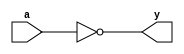
// EEM16 - Logic Design
// 2018_04_13
// Design Assignment #2
// dassign2.v

//
// modules provided for your use
//
module inv(y,a);
   output y;
   input  a;

   assign y=~(a);
endmodule

module and2(y,a,b);
   output y;
   input  a,b;

   assign y=a&b ;
endmodule

module or2(y,a,b);
   output y;
   input  a,b;

   assign y=a|b ;
endmodule

module xor2(y,a,b);
   output y;
   input  a,b;

   assign y=a^b ;
endmodule

module mux21(y, i0, i1, sel);
   output y;
   input  i0, i1,sel;

   //sel = 1 choose i1, otherwise i0)
   assign y = (sel) ? i1 : i0;
endmodule // mux21

//
// Blocks for you to design begins here
//
module sbs(d, bout, x, y, bin);
   output d, bout;
   input  x, y, bin;

   //
   // Implement the single bit subtract here
   //
  wire xorone, oryandbin, andyandbin;
  
  //xor of the x and y and bin is d
  xor2 firstxor(xorone, x, y);
  xor2 secondxor(d, xorone, bin);
  
  //or y and bin
  or2 yandbin1(oryandbin, y, bin);
  
  //and y and bin
  and2 yandbin2(andyandbin, y, bin);
  
  //mux of two above with x as select bit is bout
  mux21 bitmx(bout, oryandbin, andyandbin, x);
  
  
endmodule 

module subtract8(d, bout, x, y);
   output [7:0] d;
   output 	bout;
   input [7:0] 	x, y;

   wire 	bin;
   wire [7:0] 	b;

   assign bin = 1'b0;
   assign bout = b[7];
   // 
   // Implement the 8-bit subtract function here
   // 
  
  sbs sbs0(d[0], b[0], x[0], y[0], bin);
  sbs sbs1(d[1], b[1], x[1], y[1], b[0]);
  sbs sbs2(d[2], b[2], x[2], y[2], b[1]);
  sbs sbs3(d[3], b[3], x[3], y[3], b[2]);
  sbs sbs4(d[4], b[4], x[4], y[4], b[3]);
  sbs sbs5(d[5], b[5], x[5], y[5], b[4]);
  sbs sbs6(d[6], b[6], x[6], y[6], b[5]);
  sbs sbs7(d[7], b[7], x[7], y[7], b[6]);

endmodule

module dassign2_1 (q, rout, rin, din);
   output q;
   output [7:0] rout;
   input [7:0] 	rin, din;
   //
   // Instantiate the subtract module
   // 
   wire 	bout;
   wire [7:0] 	dout;

   subtract8 sub8(dout, bout, rin, din);         

   //
   // Implement the rest of the SCS function here
   //
  
  
  //invert bout to get q
  
  inv invbout(q, bout);
  
  //mutex with bout as select
  //invert bout?
  mux21 bit0(rout[0], dout[0], rin[0], bout);
  mux21 bit1(rout[1], dout[1], rin[1], bout);
  mux21 bit2(rout[2], dout[2], rin[2], bout);
  mux21 bit3(rout[3], dout[3], rin[3], bout);
  mux21 bit4(rout[4], dout[4], rin[4], bout);
  mux21 bit5(rout[5], dout[5], rin[5], bout);
  mux21 bit6(rout[6], dout[6], rin[6], bout);
  mux21 bit7(rout[7], dout[7], rin[7], bout);

endmodule

module dassign2_2 (motor_drv, done, forw, rev, reset, drv_clk);
   output [3:0] motor_drv;
   output 	done;
   input 	forw, rev, reset, drv_clk;

   //
   // Parameters declaration for State Bits (An example)
   //
   parameter STATE_BITS = 2;
   parameter S0_ST = 2'b00;
   parameter S1_ST = 2'b01;
   parameter S2_ST = 2'b10;
   parameter S3_ST = 2'b11;

   reg [STATE_BITS-1:0] state, nx_state;
   reg 			done;
   reg [3:0] 		motor_drv;

   //
   // Storage elements for the state bits (You should not change)
   //
   always @(posedge drv_clk) begin
     
      state <= nx_state;  
   end

   always @(state or forw or rev or reset) begin
     if(forw)
       case(state)
         S0_ST: {nx_state, motor_drv, done}= {S1_ST, 4'b0001, 1'b1};
         S1_ST: {nx_state, motor_drv} = {S2_ST, 4'b0010};
         S2_ST: {nx_state, motor_drv} = {S3_ST,4'b0100 };
         S3_ST: {nx_state, motor_drv} = {S0_ST, 4'b1000};  
       endcase
     else
     if(rev) 
       case(state)
         S0_ST: {nx_state, motor_drv, done}= {S3_ST, 4'b0001, 1'b1};
         S3_ST: {nx_state, motor_drv} = {S2_ST, 4'b1000};
         S2_ST: {nx_state, motor_drv} = {S1_ST,4'b0100 };
         S1_ST: {nx_state, motor_drv} = {S0_ST, 4'b0010};
       endcase
     else
       nx_state = state;
     
     if(motor_drv == 4'b0001)
       done = 1'b1;
     else
       done = 1'b0;
     
     if(reset)begin
       motor_drv = 4'b0000;
       state = S0_ST;
     end
   end // always @ (state or forw or rev or reset)
endmodule // dassign2_2